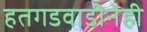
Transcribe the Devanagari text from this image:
हतगडवाडीनेही